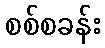
စစ်စခန်း